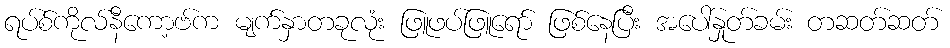
ရပ်စ်ကိုလ်နီကော့ဗ်က မျက်နှာတခုလုံး ဖြူဖပ်ဖြူရော် ဖြစ်နေပြီး အပေါ်နှုတ်ခမ်း တဆတ်ဆတ်